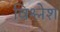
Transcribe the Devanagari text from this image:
विश्लेश